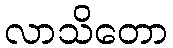
လာသိတော